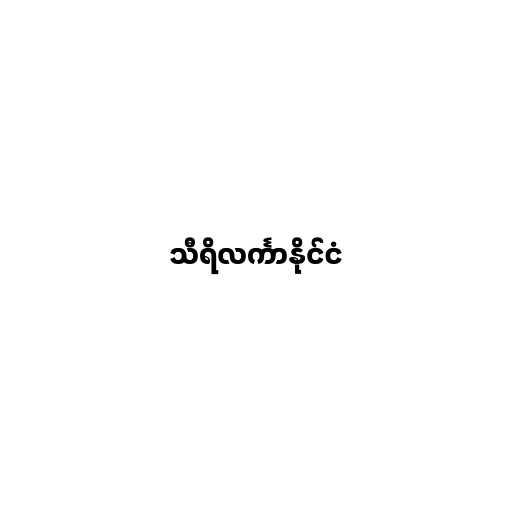
သီရိလင်္ကာနိုင်ငံ